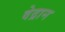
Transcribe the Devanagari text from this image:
वेद्रान